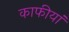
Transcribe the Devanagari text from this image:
काफीयां